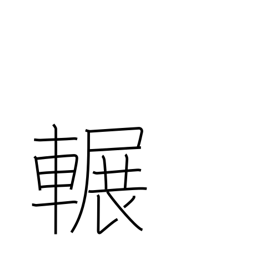
Meaning: squeak